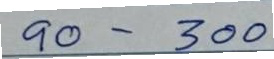
90 - 300